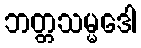
ဘတ္တသမ္မဒေါ